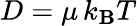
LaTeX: D={\mu\, k_{\mathbf{B}}T}